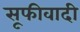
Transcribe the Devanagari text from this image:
सूफीवादी